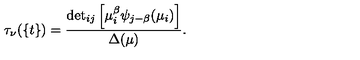
\tau _ { \nu } ( \{ t \} ) = \frac { { { \det } _ { i j } \left[ \mu _ { i } ^ { \beta } \psi _ { j - \beta } ( \mu _ { i } ) \right] } } { \Delta ( \mu ) } .